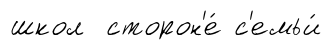
школ сторон'е́ с'емьи́